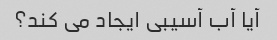
آیا آب آسیبی ایجاد می کند؟